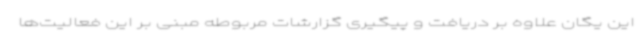
این یگان علاوه بر دریافت و پیگیری گزارشات مربوطه مبنی بر این فعالیت‌ها